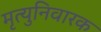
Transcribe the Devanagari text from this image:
मृत्युनिवारक